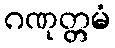
ဂဏုတ္တမံ